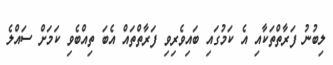
ލިބުނު ފަރާތްތަކާއި އެ ކަމުގައި ބައިވެރިވި ފަރާތްތައް އެބަ ތިއްބެވި ކަމަށް ސައްލެ